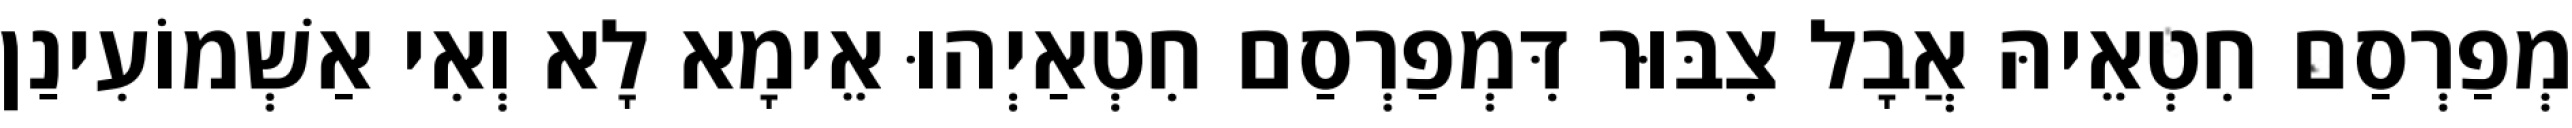
מְפַרְסַם חִטְאֵיהּ אֲבָל צִבּוּר דִּמְפַרְסַם חִטְאַיְהוּ אֵימָא לָא וְאִי אַשְׁמוֹעִינַן